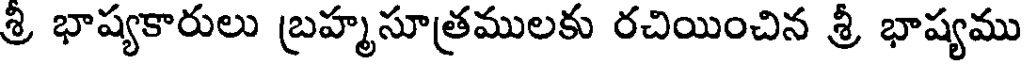
శ్రి భాష్యకారులు బ్రహ్మసూత్రములకు రచియించిన శ్రీ భాష్యము